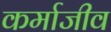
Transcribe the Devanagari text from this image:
कर्माजीव